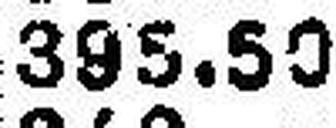
395.50